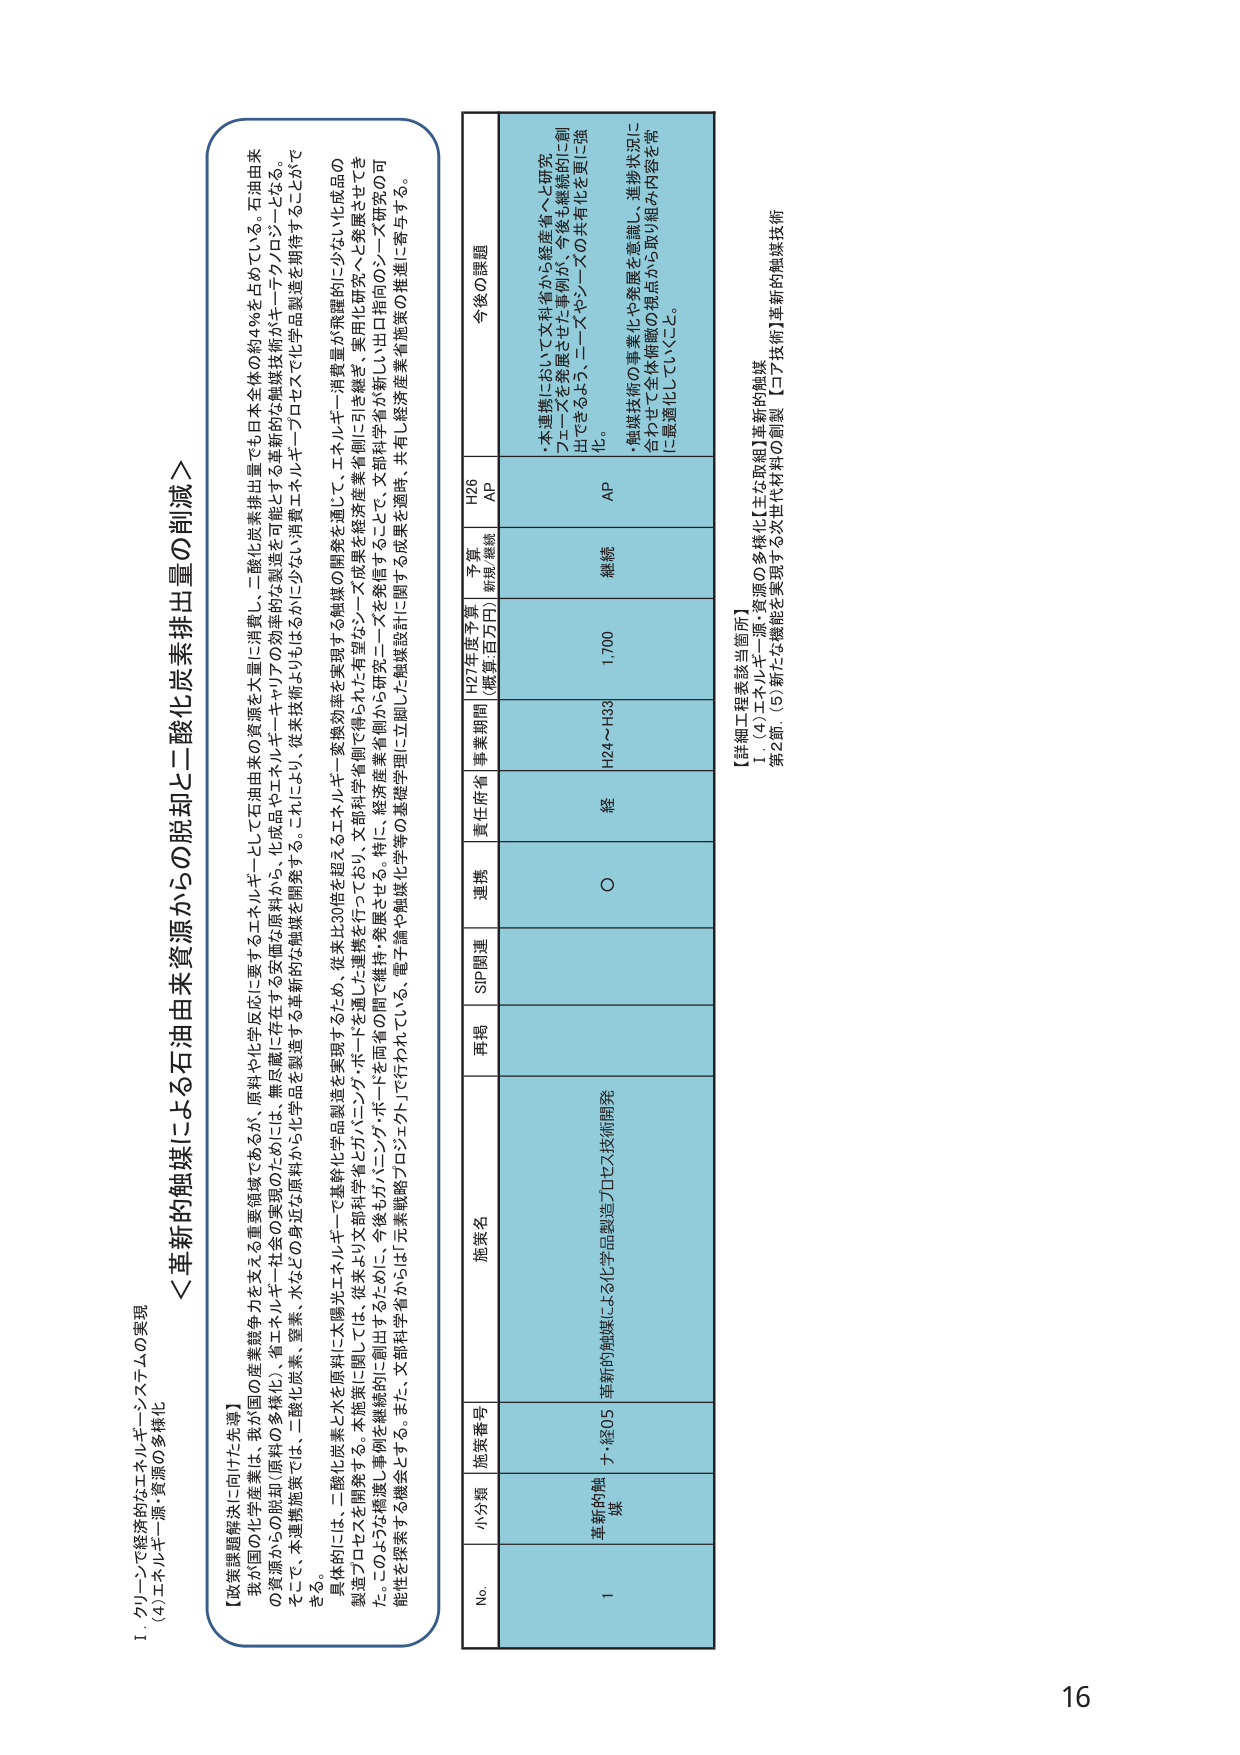
I. クリーンで経済的なエネルギー・システムの実現
(4) エネルギー源・資源の多様化

＜革新的触媒による石油由来資源からの脱却と二酸化炭素排出量の削減＞

【政策課題解決に向けた先導】
我が国の化学産業は、我が国の産業競争力を支える重要領域であるが、原料や化学反応に要するエネルギーとして石油由来の資源を大量に消費し、二酸化炭素排出量でも日本全体の約9％を占めている。石油由来の資源からの脱却（原料の多様化）、省エネルギー社会の実現のために、無尽蔵に存在する安価な原料から、化成品やエネルギー・キャリアの効率的な製造を可能とする革新的な触媒技術がキーテクノロジーとなる。
そこで、本進捗施策では、二酸化炭素、窒素、水などの身近な原料から革新的な触媒を開発する。これにより、従来技術よりもはるかに少ない消費エネルギー・プロセスで化学品製造を期待することができる。
具体的には、二酸化炭素と水を原料に太陽光エネルギーで基幹化学品製造を実現するため、従来比30倍を超えるエネルギー変換効率を実現する触媒の開発を通じて、エネルギー消費量が飛躍的に少ない化成品の製造プロセスを開発する。本施策に関しては、従来より文部科学省とガバニング・ボードを通した連携を行っており、文部科学省管轄で得られるエコノミー・システムを総合的に引き継ぎ、実用化研究へと発展させてきた。このような推進事例を継続的に創出するために、今後もガバニング・ボードを両者の間で維持・発展させる。特に、経済産業省管轄から研究ニーズを発信することで、文部科学省が新しい出口指向のシーズ研究の可能性を探索する機会とする。また、文部科学省からは「元素戦略プロジェクト」で行われている、電子論や触媒化学等の基礎学理に立脚した触媒設計に関する成果を適時、共有し経済産業省施策の推進に寄与する。

No. 小分類 施策番号 施策名 再掲 SP関連 連携 責任府省 事業期間 H27年度予算 （概算:百万円） 予算 状況/継続 今後の課題
1 革新的触媒 チ-経05 革新的触媒による化学品製造プロセス技術開発 ○ 経 H24～H33 1,700 継続 AP
・本連携において文科省から経産省へと研究シーズを発展させた事例が、今後も継続的に創出できるよう、ニーズやシーズの共有化を更に強化。
・触媒技術の事業化や発展を意識し、進捗状況に合わせて全体俯瞰の視点から取り組み内容を常に最適化していくこと。

【詳細工程表該当箇所】
Ⅰ（4）エネルギー源・資源の多様化【主な取組】革新的触媒
第2節.（5）新たな機能を実現する次世代材料の創製【コア技術】革新的触媒技術

16